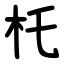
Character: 杔